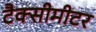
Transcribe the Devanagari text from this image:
टैक्सीमीटर